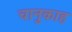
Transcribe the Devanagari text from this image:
चानुकाह